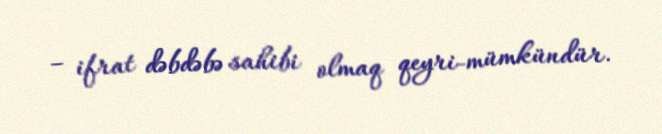
– ifrat dəbdəbə sahibi olmaq qeyri-mümkündür.